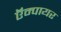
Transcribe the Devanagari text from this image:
ऍम्पायर